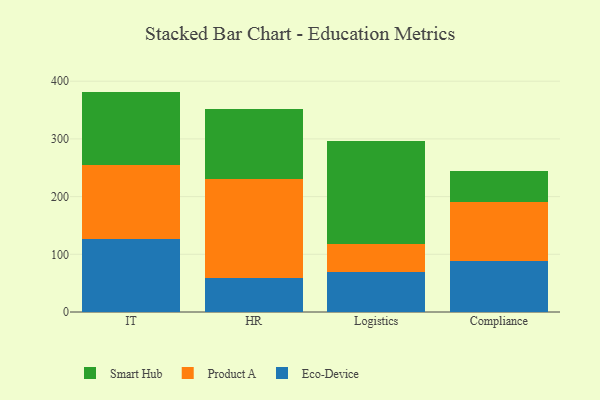
{"axis": {"x": "Department", "y": "Backlog"}, "legend": ["Eco-Device", "Product A", "Smart Hub"], "data": [{"x": "IT", "y": 125.7, "type": "Eco-Device"}, {"x": "IT", "y": 129.5, "type": "Product A"}, {"x": "IT", "y": 126.8, "type": "Smart Hub"}, {"x": "HR", "y": 58.1, "type": "Eco-Device"}, {"x": "HR", "y": 173.1, "type": "Product A"}, {"x": "HR", "y": 119.9, "type": "Smart Hub"}, {"x": "Logistics", "y": 70.2, "type": "Eco-Device"}, {"x": "Logistics", "y": 47.3, "type": "Product A"}, {"x": "Logistics", "y": 179.7, "type": "Smart Hub"}, {"x": "Compliance", "y": 87.8, "type": "Eco-Device"}, {"x": "Compliance", "y": 102.6, "type": "Product A"}, {"x": "Compliance", "y": 54.0, "type": "Smart Hub"}]}